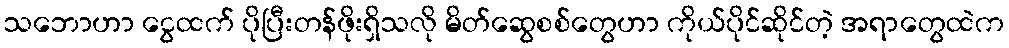
သဘောဟာ ငွေထက် ပိုပြီးတန်ဖိုးရှိသလို မိတ်ဆွေစစ်တွေဟာ ကိုယ်ပိုင်ဆိုင်တဲ့ အရာတွေထဲက